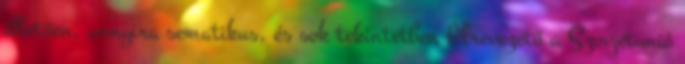
illetően, annyira sematikus, és sok tekintetben félrevezető a Szovjetunió